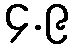
၄.၉